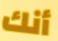
أنك